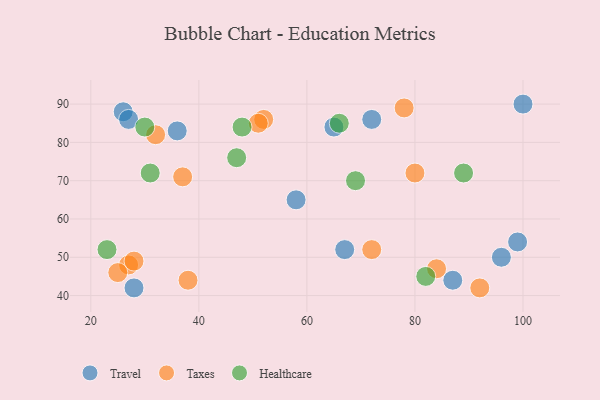
{"axis": {"x": "GDP", "y": "Life Expectancy"}, "legend": ["Healthcare", "Taxes", "Travel"], "data": [{"x": "96", "y": 50, "type": "Travel"}, {"x": "99", "y": 54, "type": "Travel"}, {"x": "36", "y": 83, "type": "Travel"}, {"x": "65", "y": 84, "type": "Travel"}, {"x": "67", "y": 52, "type": "Travel"}, {"x": "100", "y": 90, "type": "Travel"}, {"x": "26", "y": 88, "type": "Travel"}, {"x": "28", "y": 42, "type": "Travel"}, {"x": "27", "y": 86, "type": "Travel"}, {"x": "87", "y": 44, "type": "Travel"}, {"x": "58", "y": 65, "type": "Travel"}, {"x": "72", "y": 86, "type": "Travel"}, {"x": "52", "y": 86, "type": "Taxes"}, {"x": "27", "y": 48, "type": "Taxes"}, {"x": "51", "y": 85, "type": "Taxes"}, {"x": "37", "y": 71, "type": "Taxes"}, {"x": "84", "y": 47, "type": "Taxes"}, {"x": "32", "y": 82, "type": "Taxes"}, {"x": "92", "y": 42, "type": "Taxes"}, {"x": "72", "y": 52, "type": "Taxes"}, {"x": "80", "y": 72, "type": "Taxes"}, {"x": "28", "y": 49, "type": "Taxes"}, {"x": "25", "y": 46, "type": "Taxes"}, {"x": "78", "y": 89, "type": "Taxes"}, {"x": "38", "y": 44, "type": "Taxes"}, {"x": "89", "y": 72, "type": "Healthcare"}, {"x": "66", "y": 85, "type": "Healthcare"}, {"x": "82", "y": 45, "type": "Healthcare"}, {"x": "23", "y": 52, "type": "Healthcare"}, {"x": "69", "y": 70, "type": "Healthcare"}, {"x": "47", "y": 76, "type": "Healthcare"}, {"x": "30", "y": 84, "type": "Healthcare"}, {"x": "31", "y": 72, "type": "Healthcare"}, {"x": "48", "y": 84, "type": "Healthcare"}]}